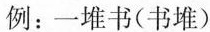
例：一堆书(书堆)